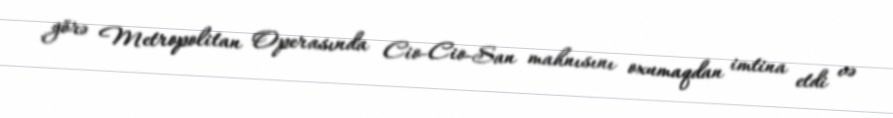
görə Metropolitan Operasında Cio-Cio-San mahnısını oxumaqdan imtina etdi və